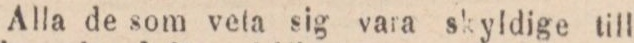
Alla de som veta sig vara skyldige till